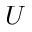
U